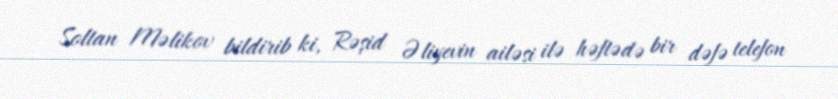
Soltan Məlikov bildirib ki, Rəşid Əliyevin ailəsi ilə həftədə bir dəfə telefon